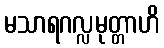
မသာရဂလ္လမုတ္တာဟိ